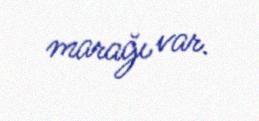
marağı var.